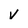
Character: v